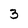
Character: 3